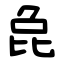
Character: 㲋